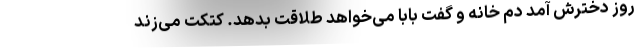
روز دخترش آمد دم خانه و گفت بابا می‌خواهد طلاقت بدهد. کتکت می‌زند